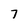
Character: 7